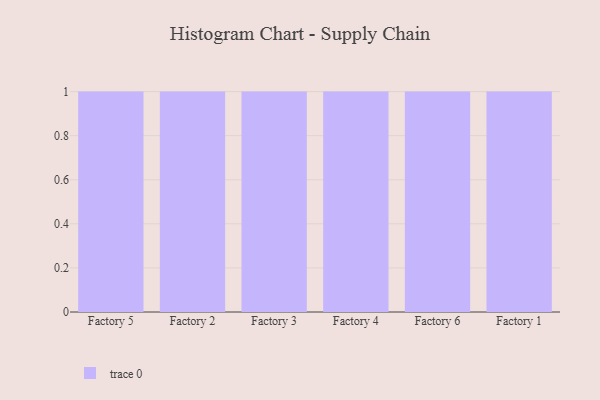
{"axis": {"x": "Factory", "y": "Conversion Rate (%)"}, "legend": [""], "data": [{"x": "Factory 5", "y": 79, "type": ""}, {"x": "Factory 2", "y": 49, "type": ""}, {"x": "Factory 3", "y": 21, "type": ""}, {"x": "Factory 4", "y": 100, "type": ""}, {"x": "Factory 6", "y": 4, "type": ""}, {"x": "Factory 1", "y": 56, "type": ""}]}